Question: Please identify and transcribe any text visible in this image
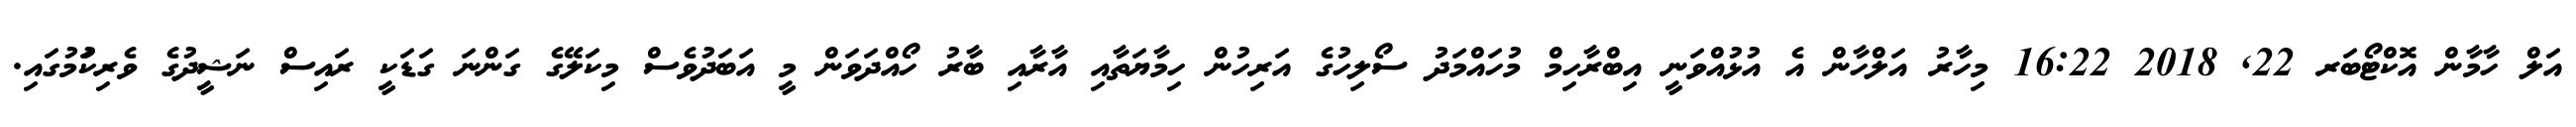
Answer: އަލް ހާމާން އޮކްޓޯބަރ 22, 2018 16:22 މިހާރު އަލްހާން އެ އުޅުއްވަނީ އިބްރާހިމް މުހައްމަދު ސޯލިހުގެ އަރިހުން ހިމާޔަތާއި އާރާއި ބާރު ހޯއްދަވަން މީ އަބަދުވެސް މިކަލޭގެ ގަންނަ ގަޑަކީ ރައިސް ނަޝީދުގެ ވެރިކަުމުގައި.